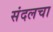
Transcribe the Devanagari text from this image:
संदलचा